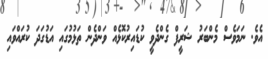
އެވެ. ނަމަވެސް މެންބަރު ޝަރީފް ގެންދެވީ ކުޑައިރުކޮޅެއް ވަންދެން ތަޅުމުގައި އަޑުގަދަ ކުރައްވައި